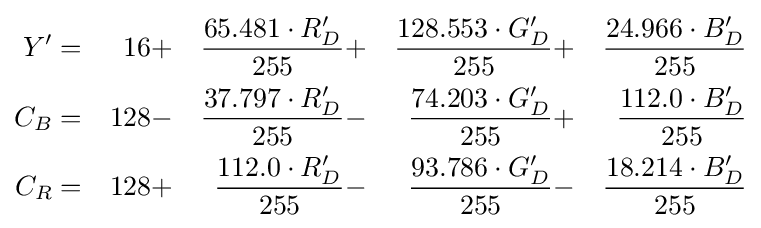
{\begin{aligned}Y'&=&16&+&{\frac {65.481\cdot R'_{D}}{255}}&+&{\frac {128.553\cdot G'_{D}}{255}}&+&{\frac {24.966\cdot B'_{D}}{255}}\\C_{B}&=&128&-&{\frac {37.797\cdot R'_{D}}{255}}&-&{\frac {74.203\cdot G'_{D}}{255}}&+&{\frac {112.0\cdot B'_{D}}{255}}\\C_{R}&=&128&+&{\frac {112.0\cdot R'_{D}}{255}}&-&{\frac {93.786\cdot G'_{D}}{255}}&-&{\frac {18.214\cdot B'_{D}}{255}}\end{aligned}}